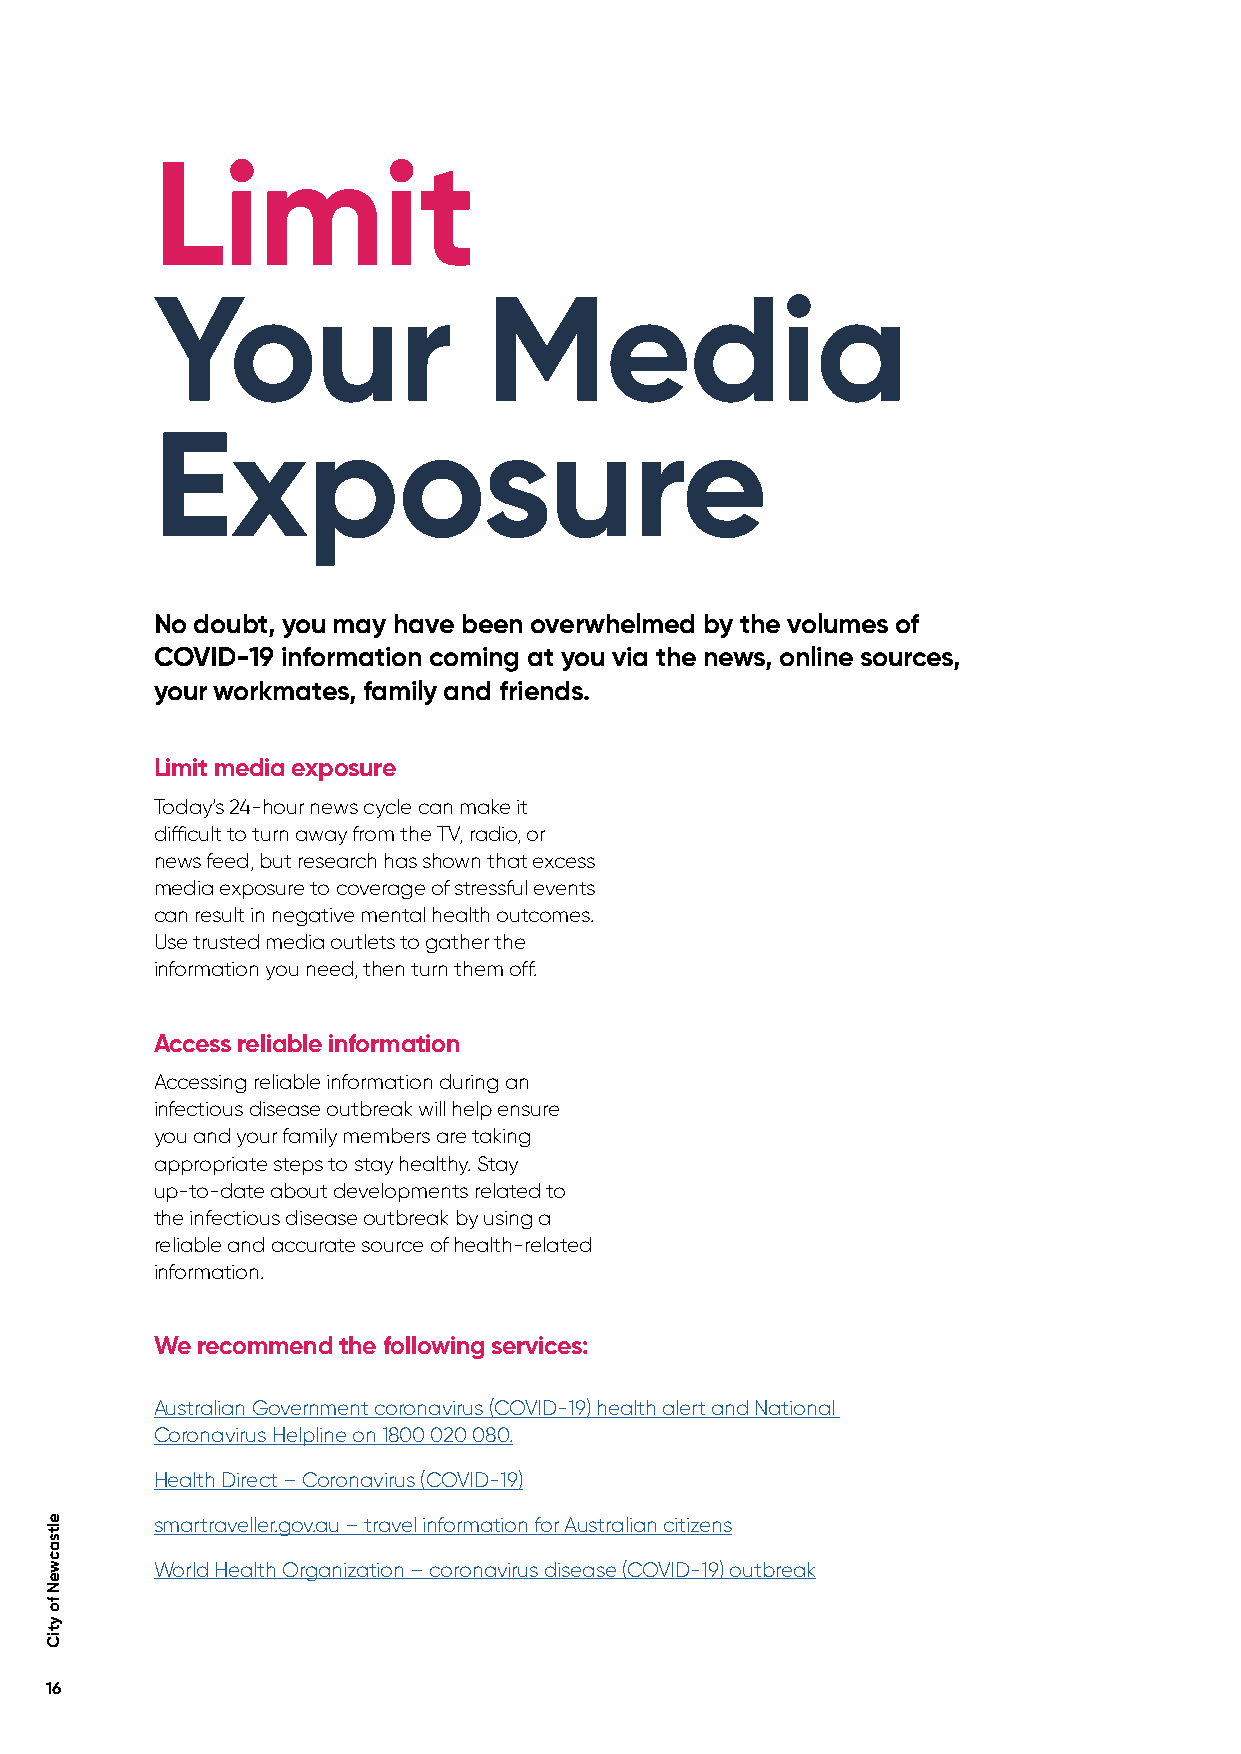
Limit
 Your                  Media
 Exposure
 No doubt, you may have been overwhelmed by the volumes of
 COVID-19 information coming at you via the news, online sources,
 your workmates, family and friends.
 Limit media exposure
 Today’s 24-hour news cycle can make it
 difficult to turn away from the TV, radio, or
 news feed, but research has shown that excess
 media exposure to coverage of stressful events
 can result in negative mental health outcomes.
 Use trusted media outlets to gather the
 information you need, then turn them off.
 Access reliable information
 Accessing reliable information during an
 infectious disease outbreak will help ensure
 you and your family members are taking
 appropriate steps to stay healthy. Stay
 up-to-date about developments related to
 the infectious disease outbreak by using a
 reliable and accurate source of health-related
 information.
 We recommend the following services:
 Australian Government coronavirus (COVID-19) health alert and National
 Coronavirus Helpline on 1800 020 080.
 Health Direct – Coronavirus (COVID-19)
 smartraveller.gov.au – travel information for Australian citizens
 World Health Organization – coronavirus disease (COVID-19) outbreak
 16
 eltsacweN
 fo
 ytiC